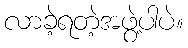
လာခဲ့ရတဲ့အဖွဲ့ပါပဲ။